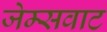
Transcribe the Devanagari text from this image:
जेम्सवाट